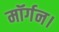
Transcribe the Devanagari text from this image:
मॉर्गन।